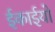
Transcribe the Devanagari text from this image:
ईकाईयो